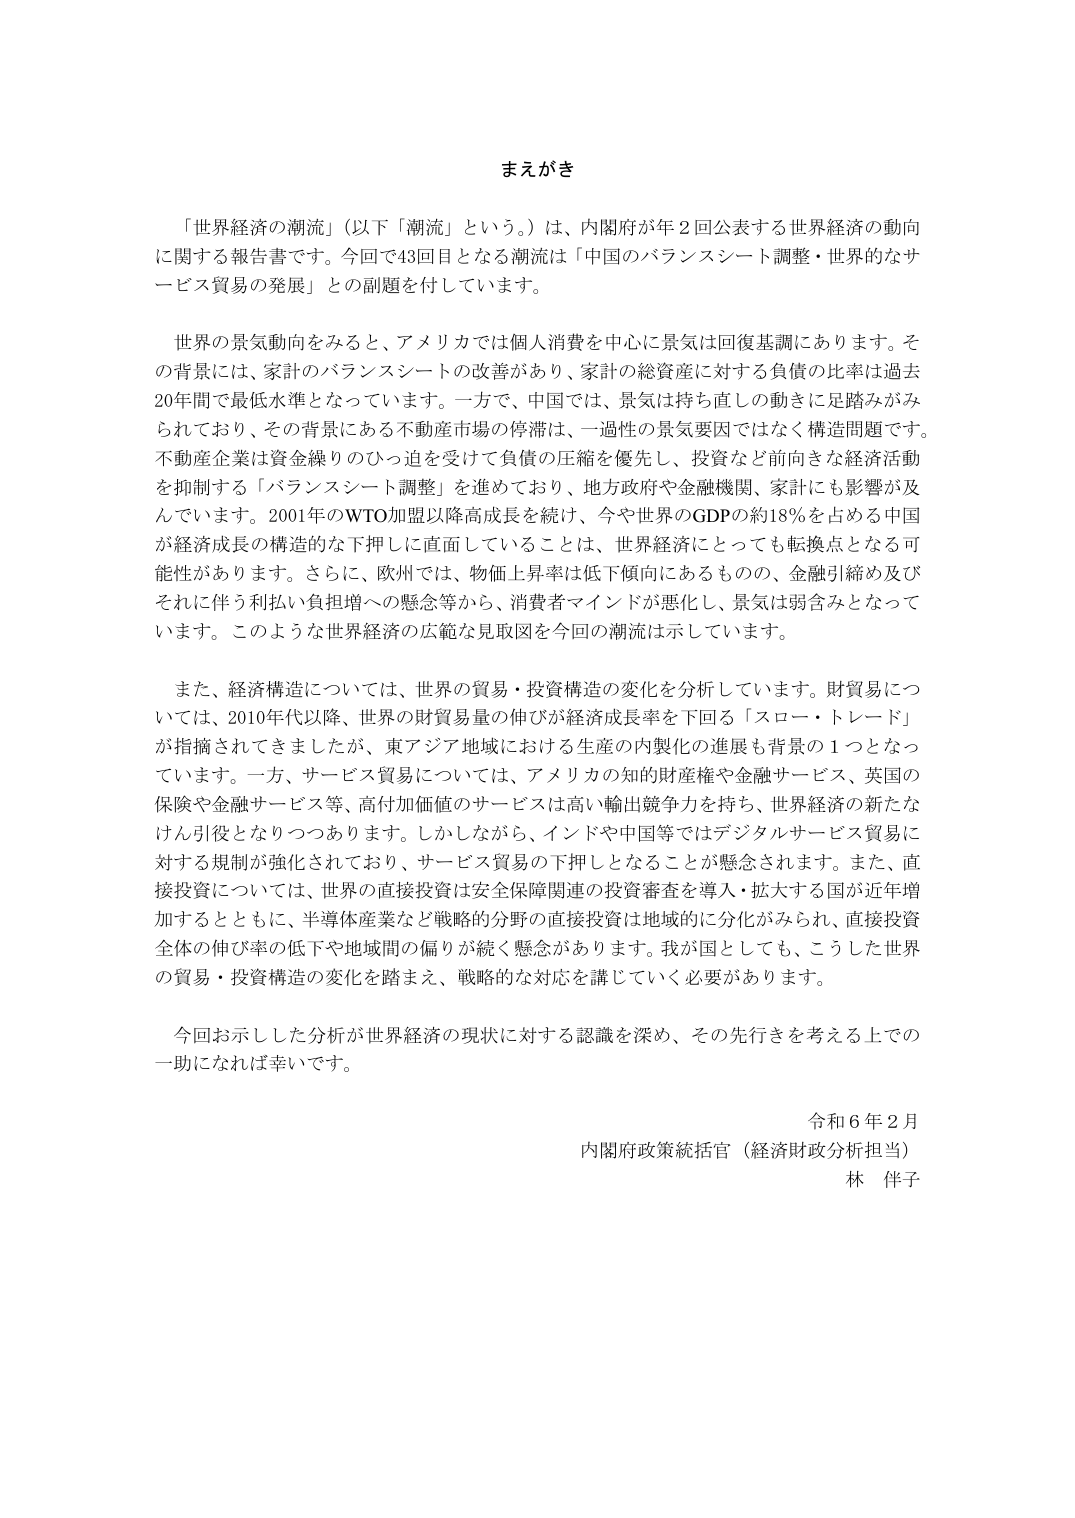
まえがき

「世界経済の潮流」（以下「潮流」という。）は、内閣府が年２回公表する世界経済の動向に関する報告書です。今回で43回目となる潮流は「中国のバランスシート調整・世界的なサービス貿易の発展」との副題を付しています。

世界の景気動向をみると、アメリカでは個人消費を中心に景気は回復基調にあります。その背景には、家計のバランスシートの改善があり、家計の総資産に対する負債の比率は過去20年間で最低水準となっています。一方で、中国では、景気は持ち直しの動きに足踏みがみられており、その背景にある不動産市場の停滞は、一過性の景気要因ではなく構造問題です。不動産企業は資金繰りのひっ迫を受けて負債の圧縮を優先し、投資など前向きな経済活動を抑制する「バランスシート調整」を進めており、地方政府や金融機関、家計にも影響が及んでいます。2001年のWTO加盟以降高成長を続け、今や世界のGDPの約18％を占める中国が経済成長の構造的な下押しに直面していることは、世界経済にとっても転換点となる可能性があります。さらに、欧州では、物価上昇率は低下傾向にあるものの、金融引締め及びそれに伴う利払い負担増への懸念等から、消費者マインドが悪化し、景気は弱含みとなっています。このような世界経済の広範な見取図を今回の潮流は示しています。

また、経済構造については、世界の貿易・投資構造の変化を分析しています。財貿易については、2010年代以降、世界の財貿易量の伸びが経済成長率を下回る「スロー・トレード」が指摘されてきましたが、東アジア地域における生産の内製化の進展も背景の１つとなっています。一方、サービス貿易については、アメリカの知的財産権や金融サービス、英国の保険や金融サービス等、高付加価値のサービスは高い輸出競争力を持ち、世界経済の新たなけん引役となりつつあります。しかしながら、インドや中国等ではデジタルサービス貿易に対する規制が強化されており、サービス貿易の下押しとなることが懸念されます。また、直接投資については、世界の直接投資は安全保障関連の投資審査を導入・拡大する国が近年増加するとともに、半導体産業など戦略的分野の直接投資は地域的に分化がみられ、直接投資全体の伸び率の低下や地域間の偏りが続く懸念があります。我が国としても、こうした世界の貿易・投資構造の変化を踏まえ、戦略的な対応を講じていく必要があります。

今回お示しした分析が世界経済の現状に対する認識を深め、その先行きを考える上での一助になれば幸いです。

令和６年２月
内閣府政策統括官（経済財政分析担当）
林 伴子